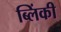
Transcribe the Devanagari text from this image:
ब्लिंकी